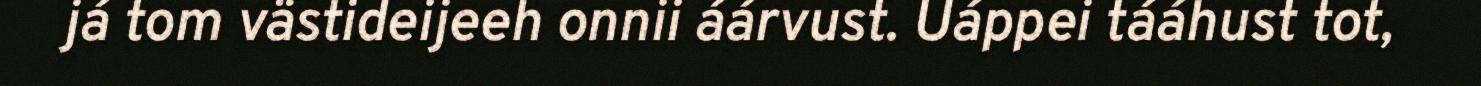
já tom västideijeeh onnii áárvust. Uáppei tááhust tot,